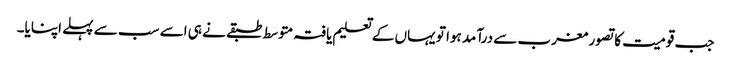
جب قومیت کا تصور مغرب سے درآمد ہوا تو یہاں کے تعلیم یافتہ متوسط طبقے نے ہی اسے سب سے پہلے اپنایا۔